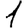
Digit: 1